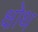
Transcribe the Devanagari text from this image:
क्षोथ